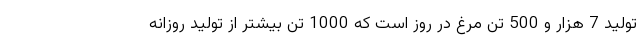
تولید 7 هزار و 500 تن مرغ در روز است که 1000 تن بیشتر از تولید روزانه